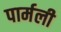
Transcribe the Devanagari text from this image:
पार्मली